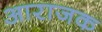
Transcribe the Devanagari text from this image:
आराजक